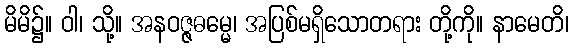
မိမိ၌။ ဝါ၊ သို့။ အနဝဇ္ဇဓမ္မေ၊ အပြစ်မရှိသောတရား တို့ကို။ နာမေတိ၊